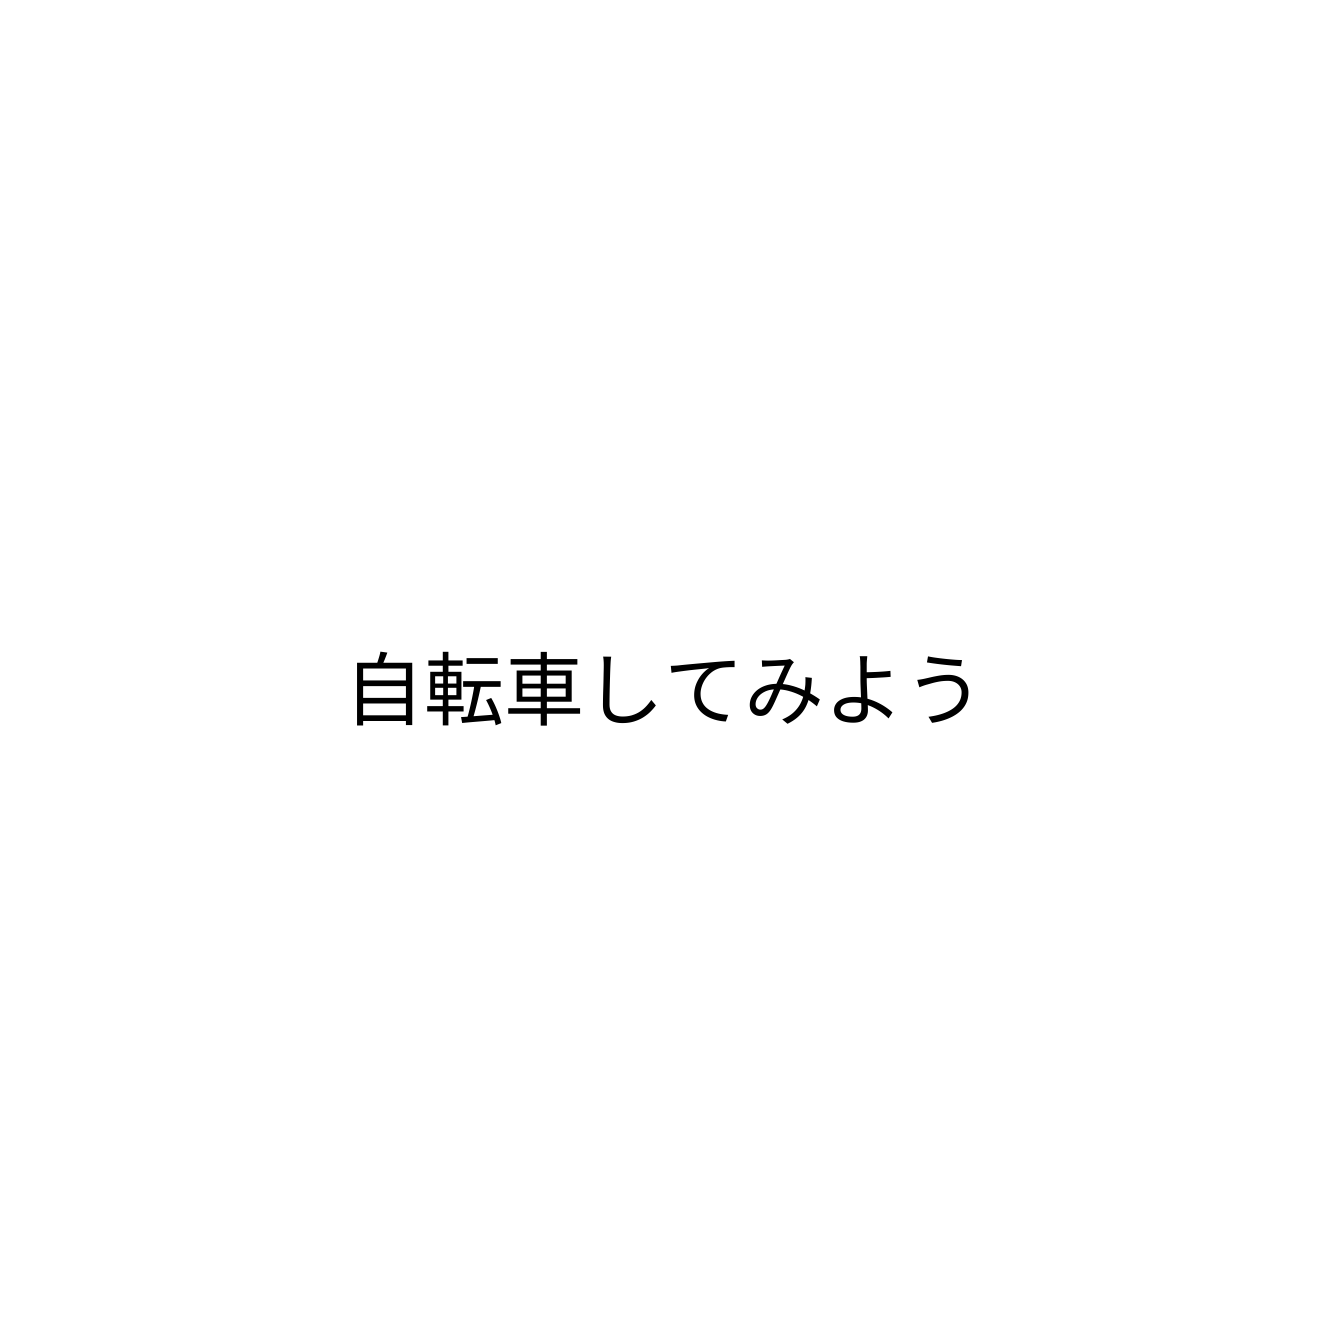
自転車してみよう